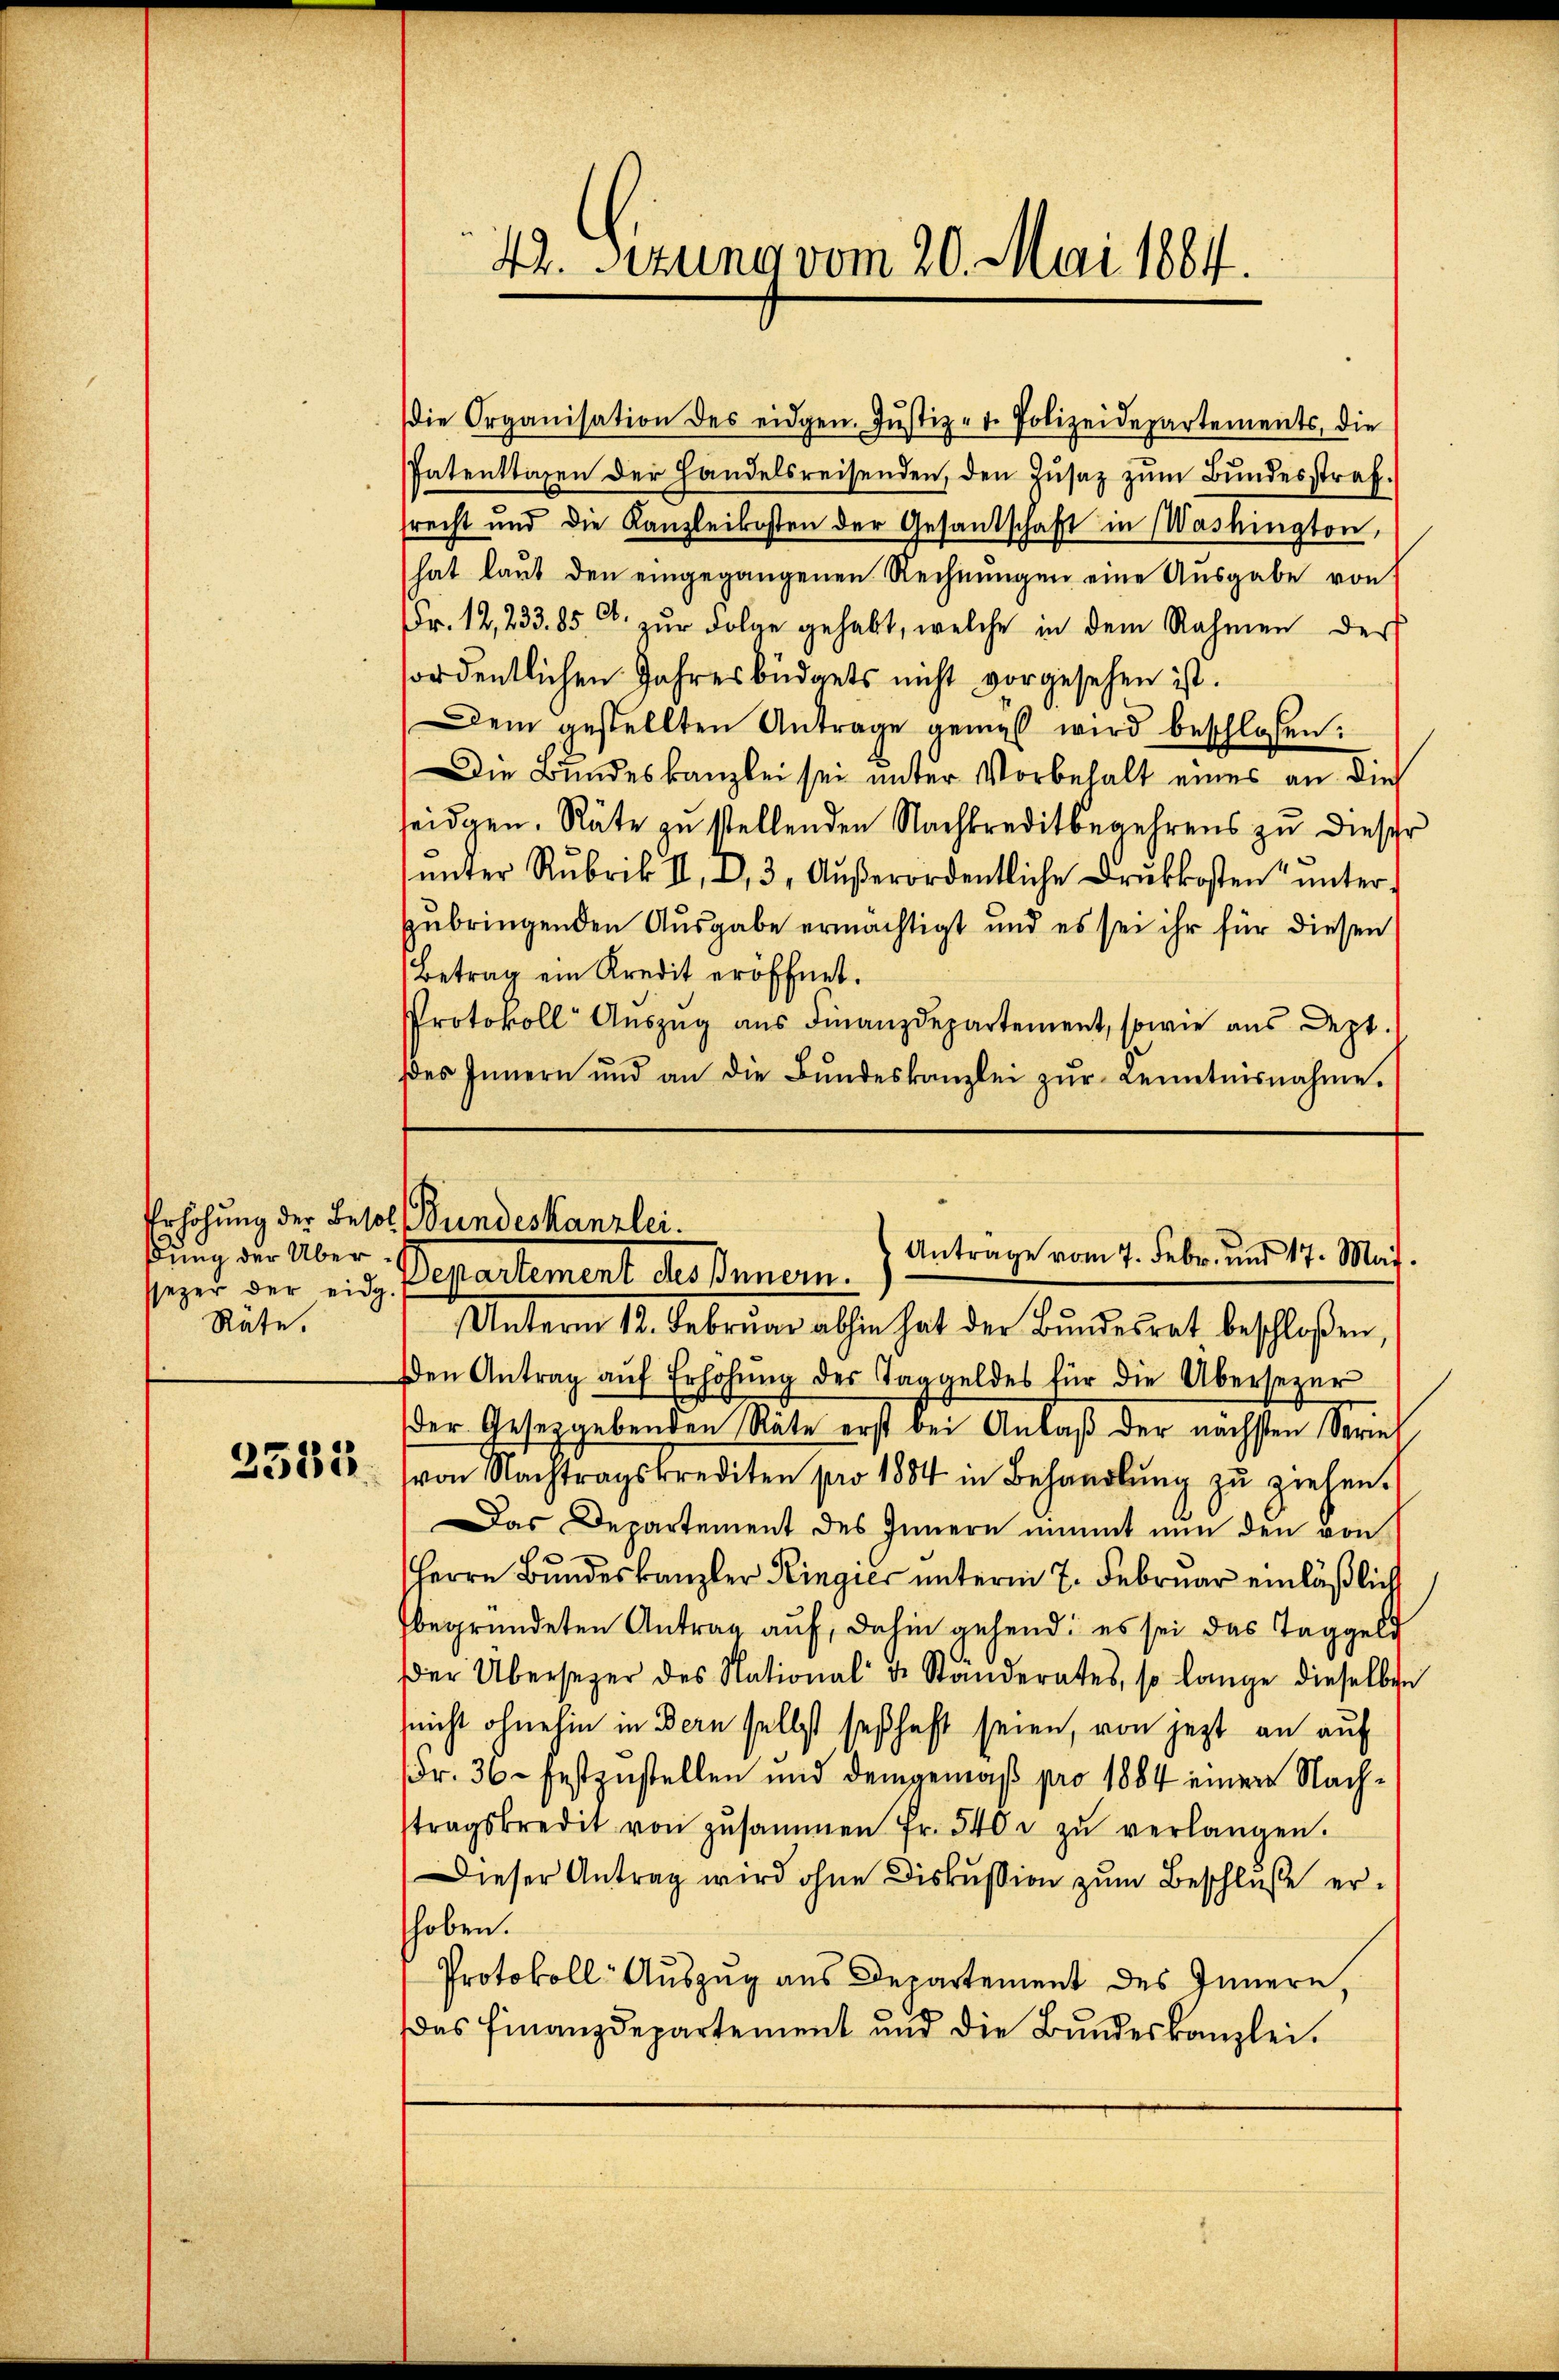
dung der Überssezer der eidg.
Räte,

2582

Unterm 12. Februar abhin hat der Bundesrat beschloßen,
Den Antrag aŭf Erhöhŭng des Taggeldes für die Übersezer
der Gesetzgebenden Räte erst bei Anlaß der nächsten Seriel
von Nachtragskrediten pro 1884 in Behandlŭng zŭ ziehen.
Das Departement des Innern nimmt nun den von
Herrn Bundeskanzler Ringier unterm 7. Februar einläßlich
begründeten Antrag auf, dahin gehend; es sei das Taggeld
Der Übersezer des National u. Ständerates, so lange dieselben
(nicht ohnehin in Bern selbst seßhaft seien, von jezt an auf
Fr. 36. festzustellen und demgemäß pro 1884 einer Nachtragskredit von zusammen fr. 540 u zŭ verlangen.
Dieser Antrag wird ohne Diskussion zum Beschluße erhoben.
Protokoll Auszug aus Departement des Innern,
Das Finanzdepartement und die Bundeskanzlei.

42. Seizung vom 20. Mai 1884.

die Organisation des eidgen. Jŭstiz- t. Polizeidepartements, die
Patenttagen der Handelsreisenden, den Zusatz zum Bundesstrafrecht und die Kanzleikosten der Gesantschaft in Washington,
hat laŭt den eingegangenen Rechnŭngen eine Aŭsgabe von
Fr. 12, 233. 85. C. zur Folge gehabt, welche in dem Rahmen der
fordentlichen Jahresbüdgets nicht vorgesehen ist.
Dem gestellten Antrage genes wird beschlossen:
Die Bundeskanzlei sei unter Vorbehalt eines an die
seidgen. Räte zu stellenden Nachkreditbegehrens zu dieser
ŭnter Rubrik II., I, 3. Aŭβerordentliche Drŭkkosten ŭnter-
zubringenden Ausgabe ermächtigt und es sei ihr für diesen
Betrag ein Kredit eröffnet.
Protokoll Aŭszŭg aŭs Finanzdepartement, sowie aus Dept.
des Innern und an die Bŭndeskanzlei zŭr Kenntnisnahme.

Erhöhung der Besol, Bundeskanzlei.
Anträge vom 7. Febr. und 17. Mai.
Separtement des Standen.